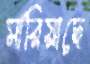
মারিয়াছে